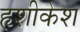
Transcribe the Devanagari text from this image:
हृशीकेश